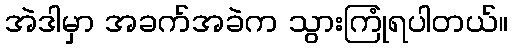
အဲဒါမှာ အခက်အခဲက သွားကြုံရပါတယ်။